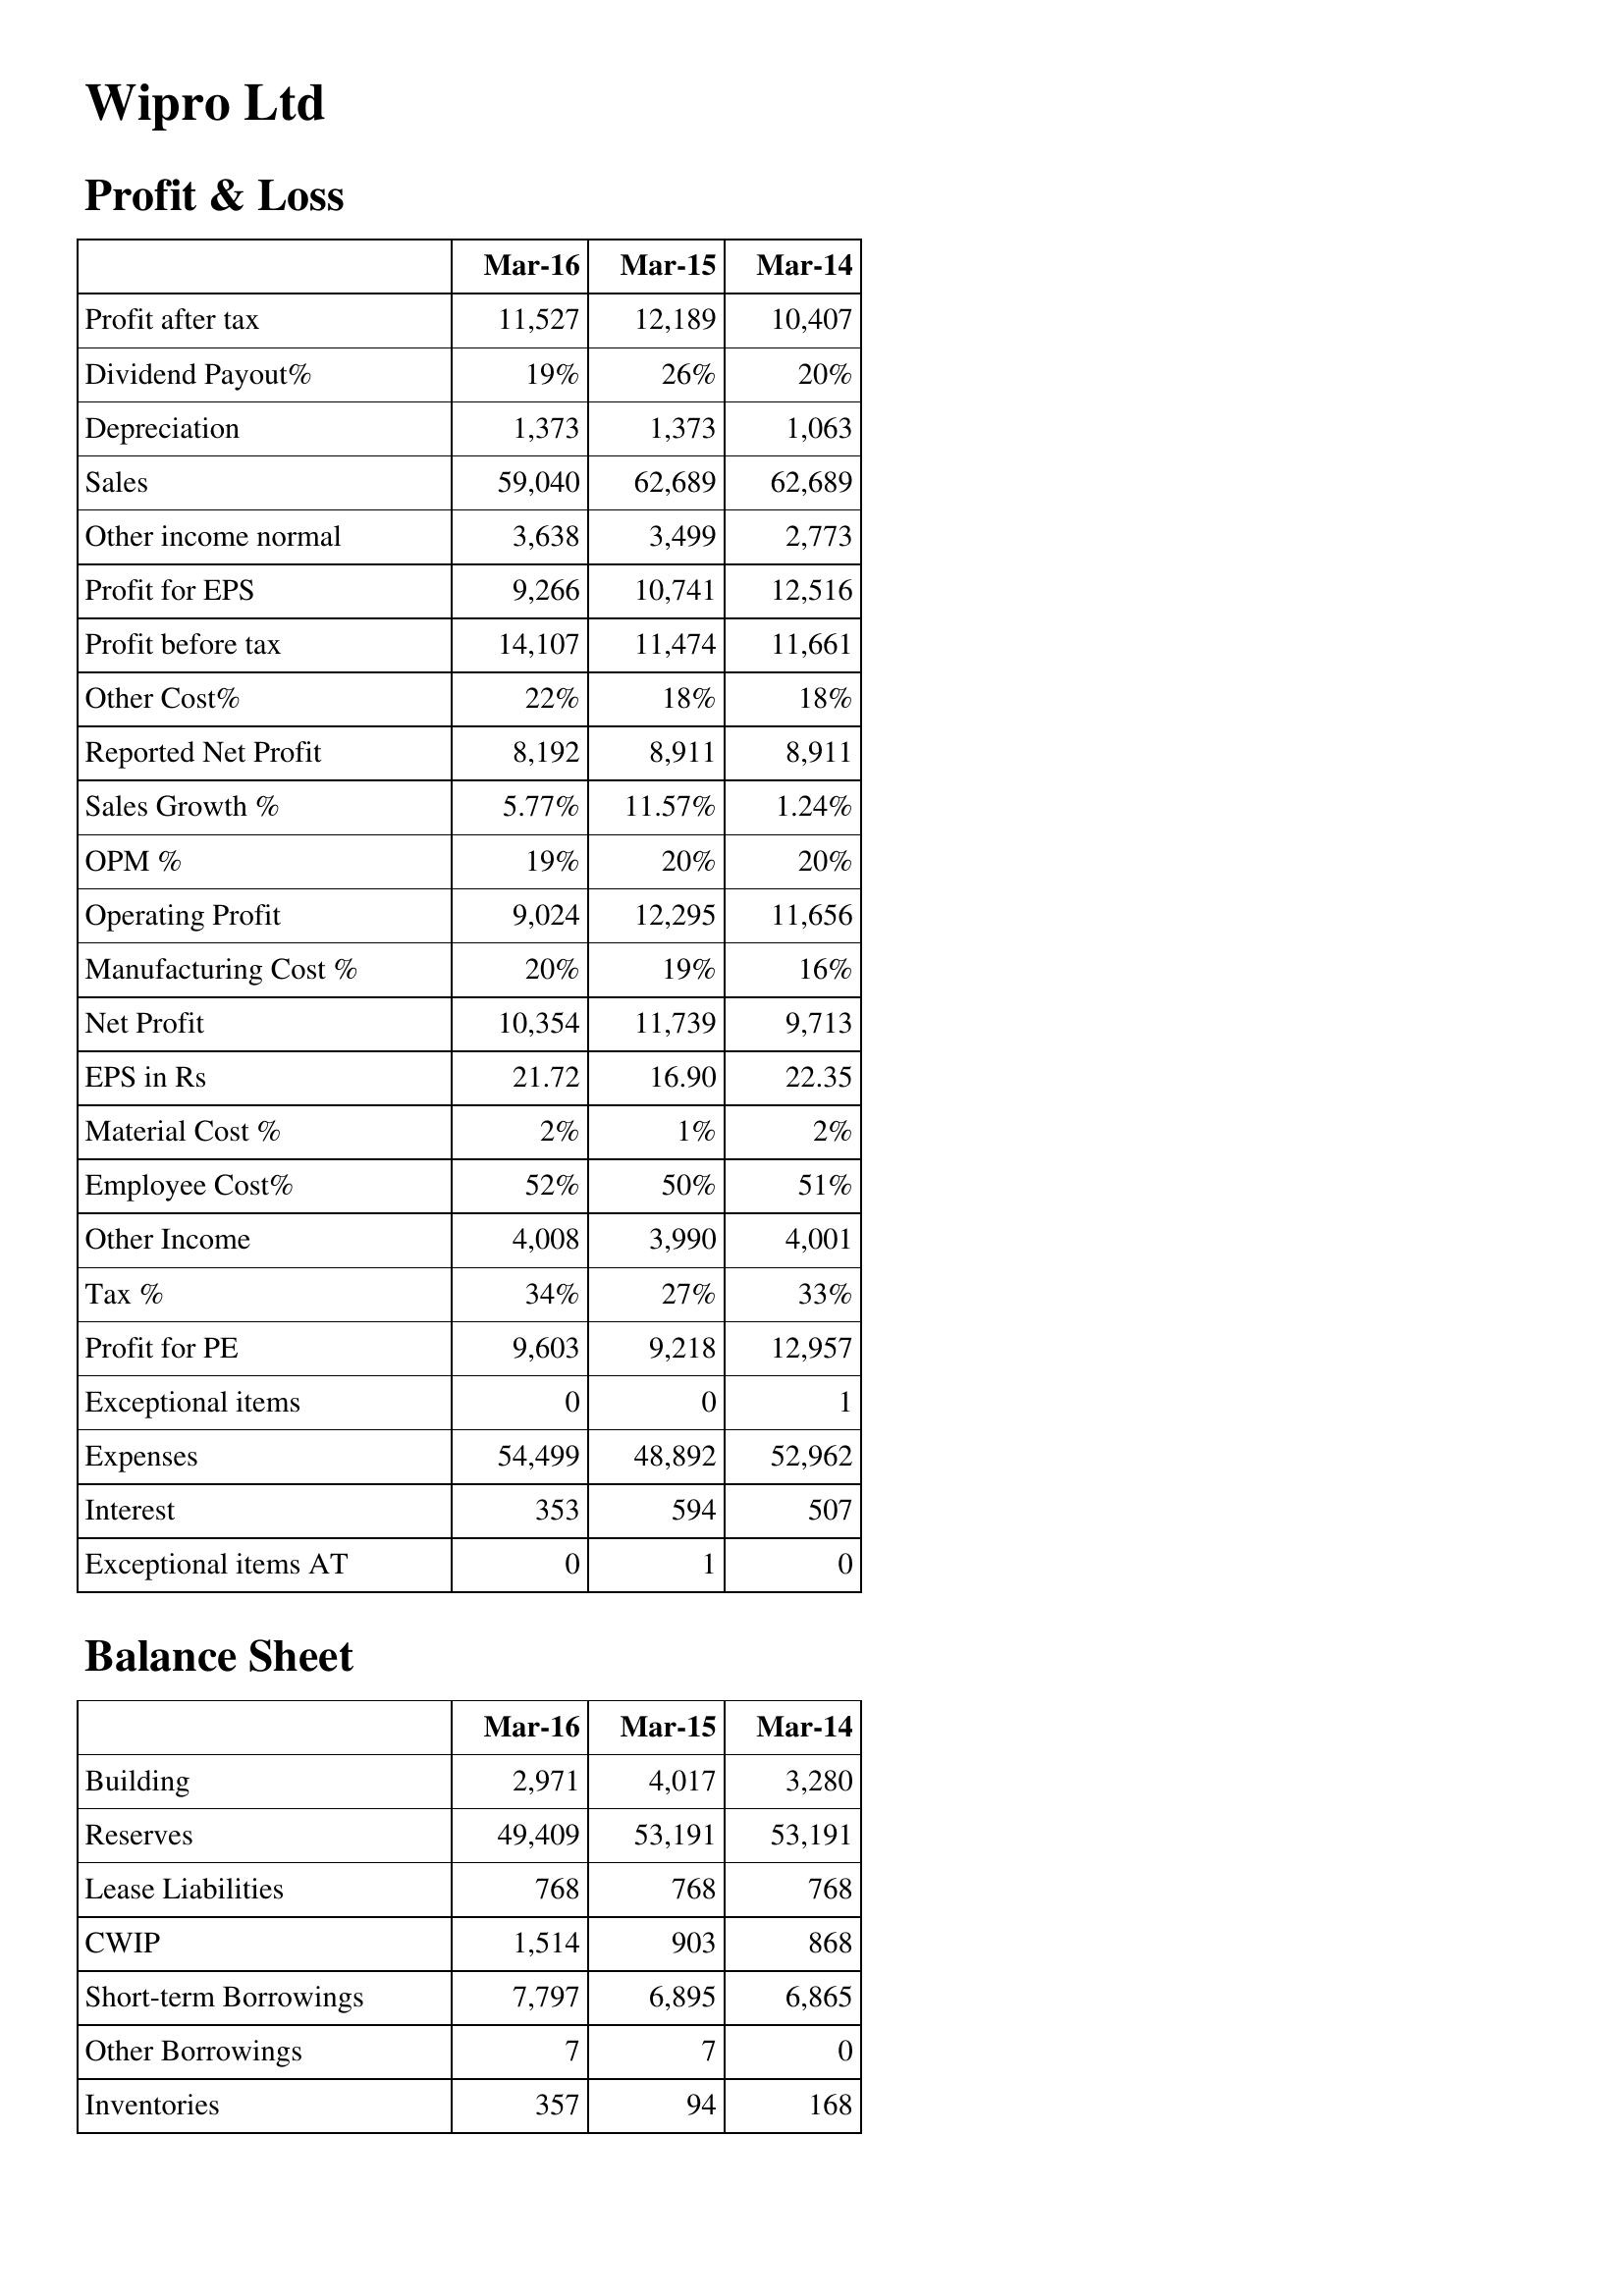
Mar-16: Profit & Loss: Profit after tax: 11,527
Dividend Payout%: 19%
Depreciation: 1,373
Sales: 59,040
Other income normal: 3,638
Profit for EPS: 9,266
Profit before tax: 14,107
Other Cost%: 22%
Reported Net Profit: 8,192
Sales Growth %: 5.77%
OPM %: 19%
Operating Profit: 9,024
Manufacturing Cost %: 20%
Net Profit: 10,354
EPS in Rs: 21.72
Material Cost %: 2%
Employee Cost%: 52%
Other Income: 4,008
Tax %: 34%
Profit for PE: 9,603
Exceptional items: 0
Expenses: 54,499
Interest: 353
Exceptional items AT: 0
Balance Sheet: Building: 2,971
Reserves: 49,409
Lease Liabilities: 768
CWIP: 1,514
Short-term Borrowings: 7,797
Other Borrowings: 7
Inventories: 357
Mar-15: Profit & Loss: Profit after tax: 12,189
Dividend Payout%: 26%
Depreciation: 1,373
Sales: 62,689
Other income normal: 3,499
Profit for EPS: 10,741
Profit before tax: 11,474
Other Cost%: 18%
Reported Net Profit: 8,911
Sales Growth %: 11.57%
OPM %: 20%
Operating Profit: 12,295
Manufacturing Cost %: 19%
Net Profit: 11,739
EPS in Rs: 16.90
Material Cost %: 1%
Employee Cost%: 50%
Other Income: 3,990
Tax %: 27%
Profit for PE: 9,218
Exceptional items: 0
Expenses: 48,892
Interest: 594
Exceptional items AT: 1
Balance Sheet: Building: 4,017
Reserves: 53,191
Lease Liabilities: 768
CWIP: 903
Short-term Borrowings: 6,895
Other Borrowings: 7
Inventories: 94
Mar-14: Profit & Loss: Profit after tax: 10,407
Dividend Payout%: 20%
Depreciation: 1,063
Sales: 62,689
Other income normal: 2,773
Profit for EPS: 12,516
Profit before tax: 11,661
Other Cost%: 18%
Reported Net Profit: 8,911
Sales Growth %: 1.24%
OPM %: 20%
Operating Profit: 11,656
Manufacturing Cost %: 16%
Net Profit: 9,713
EPS in Rs: 22.35
Material Cost %: 2%
Employee Cost%: 51%
Other Income: 4,001
Tax %: 33%
Profit for PE: 12,957
Exceptional items: 1
Expenses: 52,962
Interest: 507
Exceptional items AT: 0
Balance Sheet: Building: 3,280
Reserves: 53,191
Lease Liabilities: 768
CWIP: 868
Short-term Borrowings: 6,865
Other Borrowings: 0
Inventories: 168